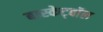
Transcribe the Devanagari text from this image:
बास्केट्बॉल